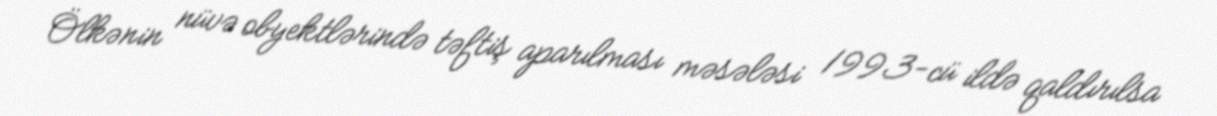
Ölkənin nüvə obyektlərində təftiş aparılması məsələsi 1993-cü ildə qaldırılsa